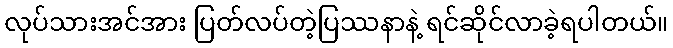
လုပ်သားအင်အား ပြတ်လပ်တဲ့ပြဿနာနဲ့ ရင်ဆိုင်လာခဲ့ရပါတယ်။